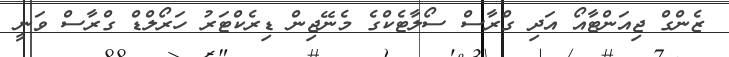
ޒެންގް ޖިއަންޓާއޯ އަދި ގްރާސް ސޯލާޓެކްގެ މެނޭޖިން ޑިރެކްޓަރު ހަރޯލްޑް ގްރާސް ވަނީ